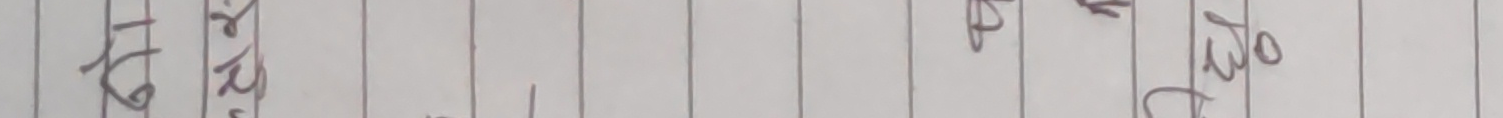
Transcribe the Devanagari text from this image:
हिंस्र पुरुष